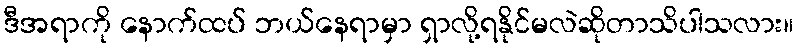
ဒီအရာကို နောက်ထပ် ဘယ်နေရာမှာ ရှာလို့ရနိုင်မလဲဆိုတာသိပါသလား။